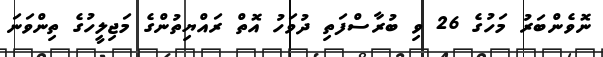
ނޮވެންބަރު މަހުގެ 26 ވި ބުރާސްފަތި ދުވަހު އޮތް ރައްޔިތުންގެ މަޖިލީހުގެ ތިންވަނަ